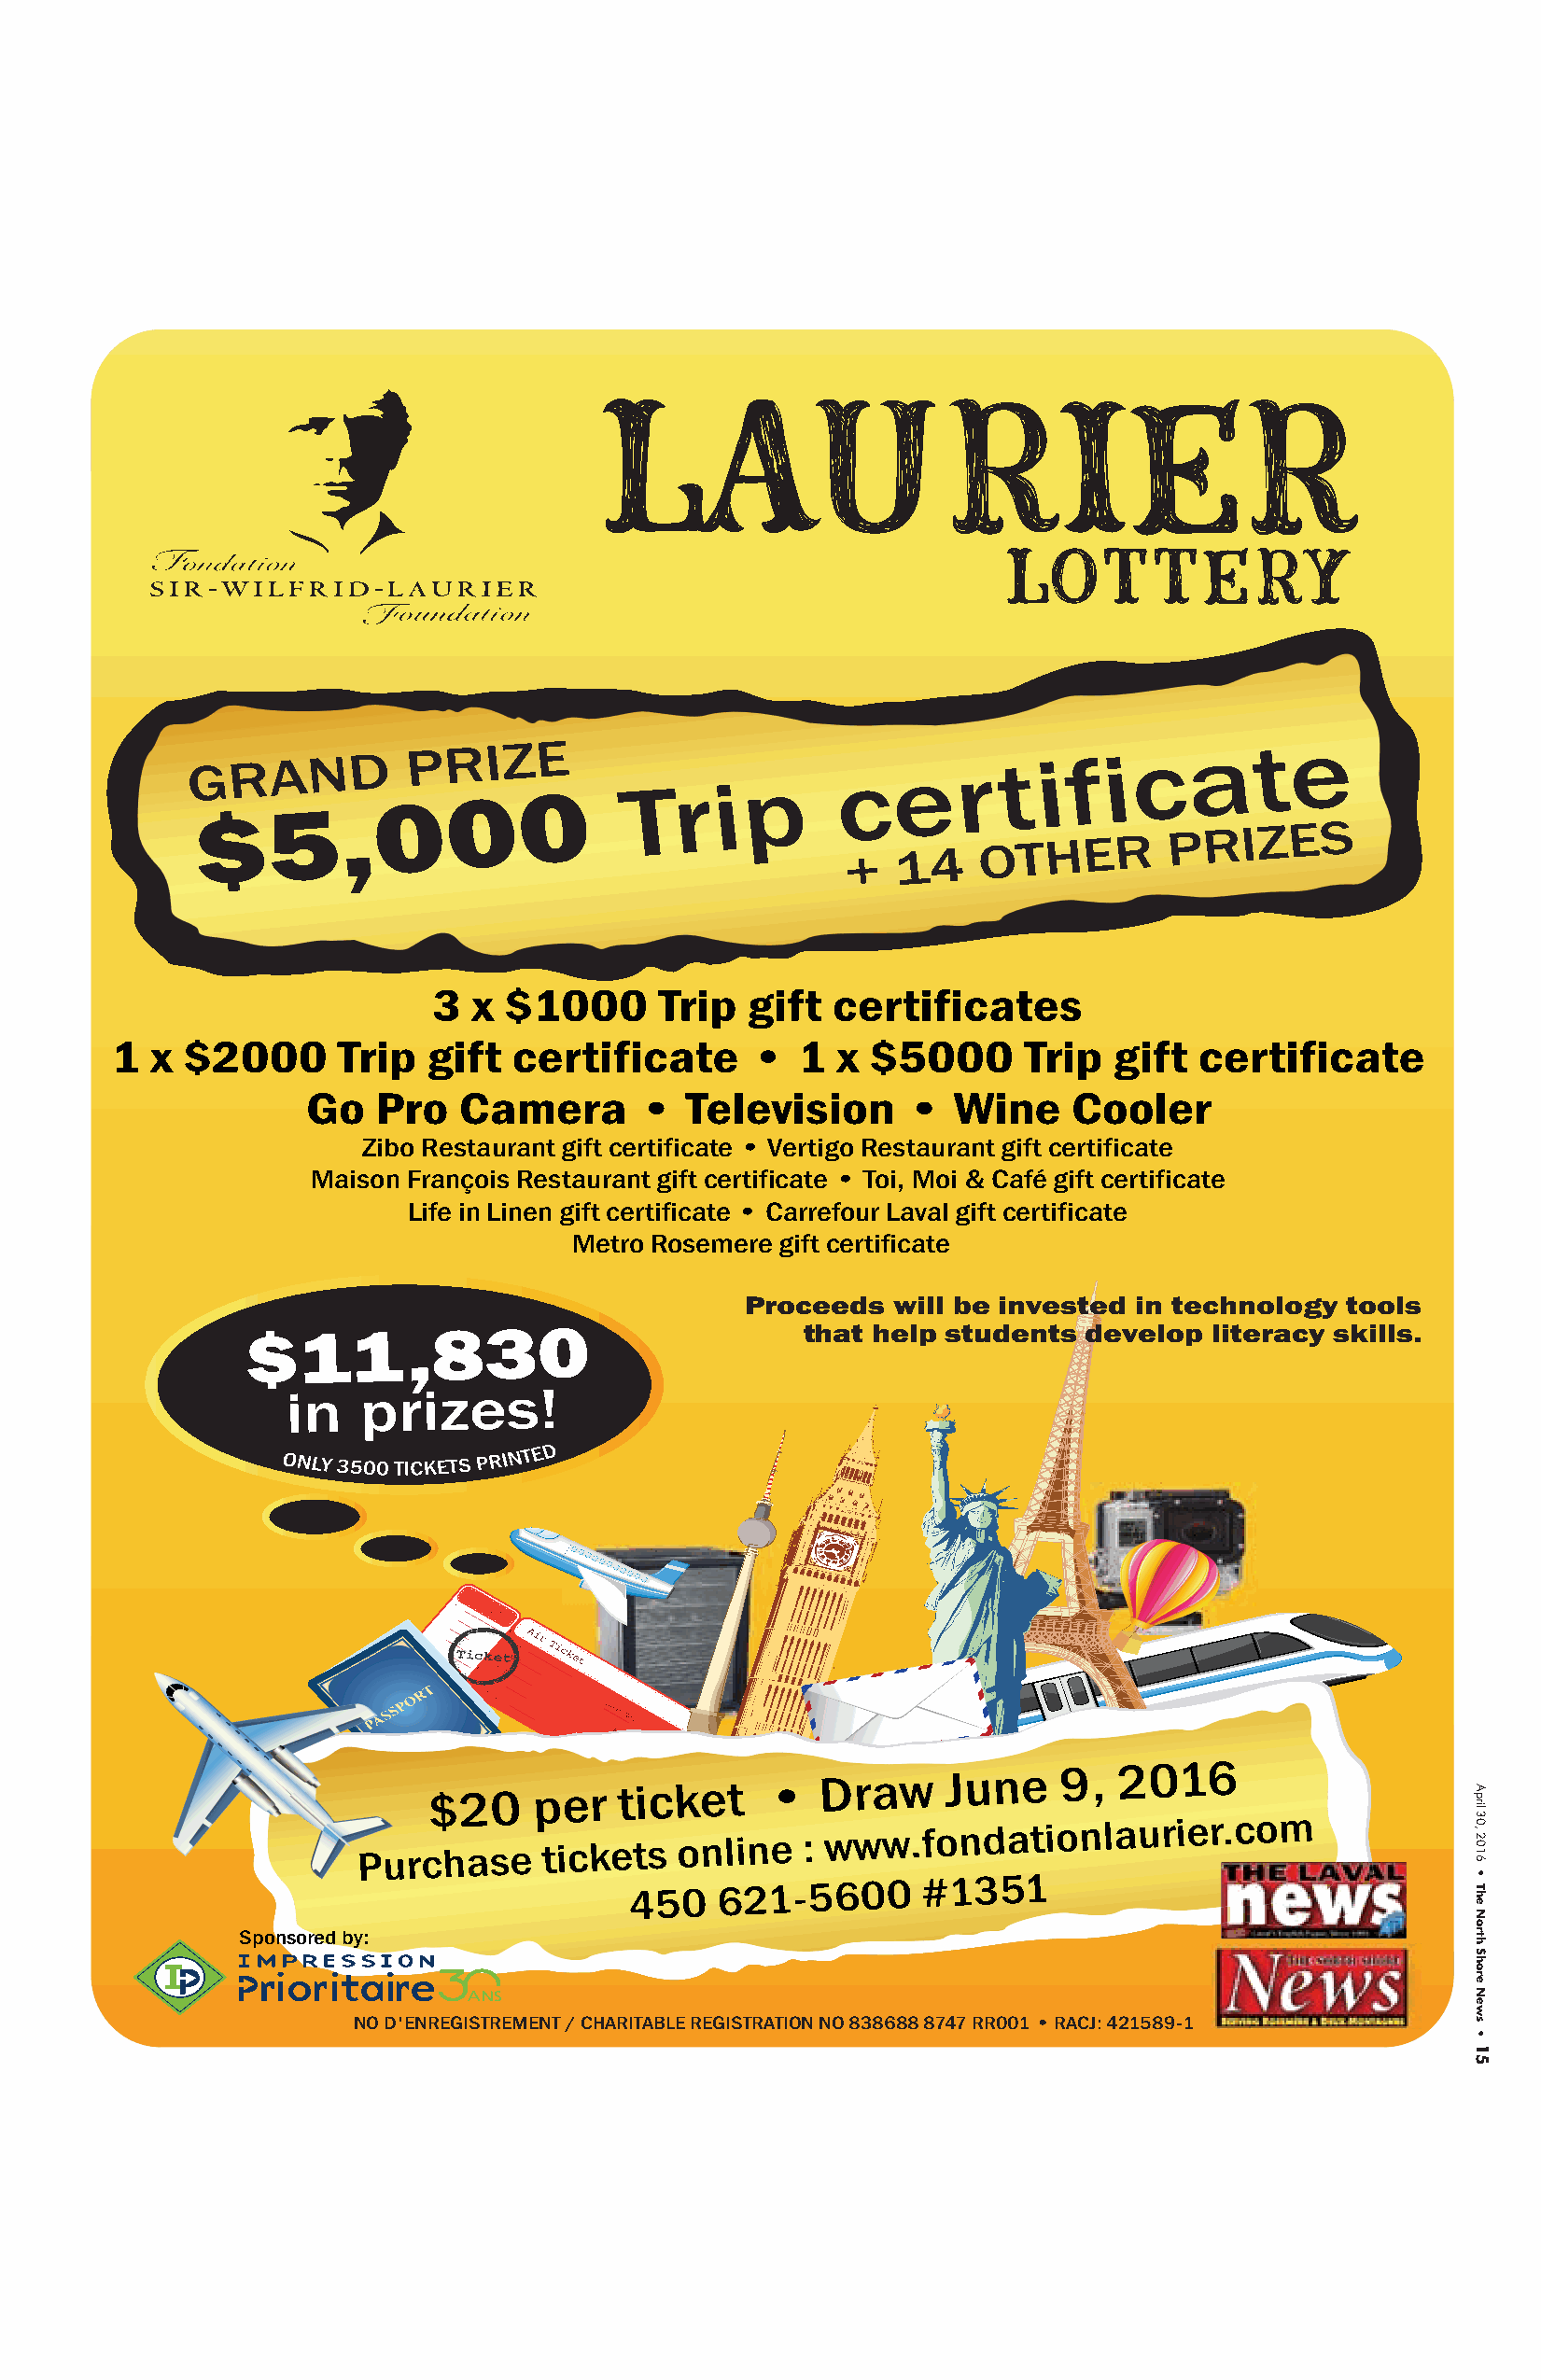
G $RA 5N   ,D
 0
 PR 0IZ  0E
 Tr     i p
 c   e   r  t  i f  i c   a   t  e
 +
 14
 OTHER
 PRIZES
 3 x  $1000      Trip  gift  certificates
 1  x $2000      Trip  gift  certificate      •   1 x  $5000      Trip  gift  certificate
 Go   Pro   Camera      •   Television     •   Wine    Cooler
 Zibo Restaurant gift certificate • Vertigo Restaurant gift certificate
 Maison François Restaurant gift certificate • Toi, Moi & Café gift certificate
 Life in Linen gift certificate • Carrefour Laval gift certificate
 Metro Rosemere gift certificate
 Proceeds  will be invested in technology  tools
 $11        ,830                        that help students  develop  literacy skills.
 Sponsored by:
 NO D'ENREGISTREMENT / CHARITABLE REGISTRATION NO 838688 8747 RR001 • RACJ: 421589-1
 April
 30,
 2016
 •
 The
 North
 Shore
 News
 •
 15